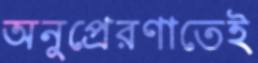
অনুপ্রেরণাতেই